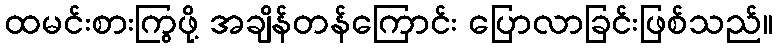
ထမင်းစားကြွဖို့ အချိန်တန်ကြောင်း ပြောလာခြင်းဖြစ်သည်။